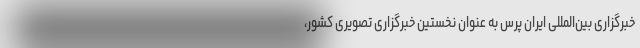
خبرگزاری بین‌المللی ایران پرس به عنوان نخستین خبرگزاری تصویری کشور،